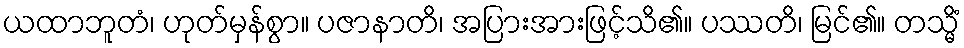
ယထာဘူတံ၊ ဟုတ်မှန်စွာ။ ပဇာနာတိ၊ အပြားအားဖြင့်သိ၏။ ပဿတိ၊ မြင်၏။ တသ္မိံ